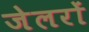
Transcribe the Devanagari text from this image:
जेलरों